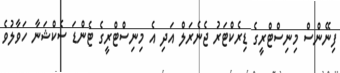
ފިނޭންސް މިނިސްޓްރީގެ ޑިރެކްޓަރު ޖެނެރަލް އަދި އެ މިނިސްޓްރީގެ ޓެންޑަ ސެކްޝަނާ ހަވާލުވެ